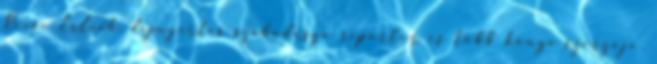
Reese Erlich, díjnyertes szabadúszó riporter és több könyv szerzője,